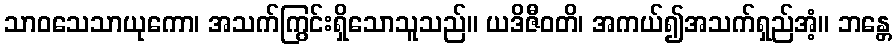
သာဝသေသာယုကော၊ အသက်ကြွင်းရှိသောသူသည်။ ယဒိဇီဝတိ၊ အကယ်၍အသက်ရှည်အံ့။ ဘန္တေ